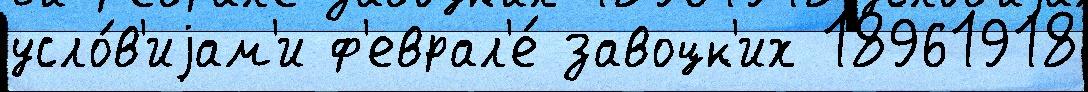
усло́в'иjам'и ф'еврал'е́ завоцк'их 18961918